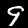
Digit: 9